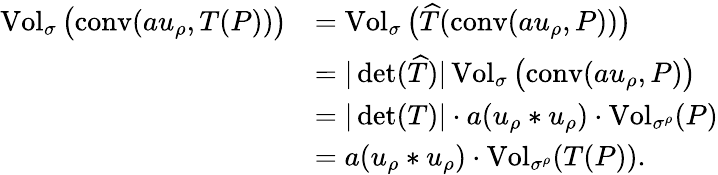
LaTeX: \begin{array}{rl}{\operatorname{Vol}_{\sigma}\big(\mathrm{conv}(au_{\rho},T(P))\big)}&{=\operatorname{Vol}_{\sigma}\big(\widehat T(\mathrm{conv}(au_{\rho},P))\big)}\\ &{=|\operatorname*{det}(\widehat T)|\operatorname{Vol}_{\sigma}\big(\mathrm{conv}(au_{\rho},P)\big)}\\ &{=|\operatorname*{det}(T)|\cdot a(u_{\rho}*u_{\rho})\cdot\operatorname{Vol}_{\sigma^{\rho}}(P)}\\ &{=a(u_{\rho}*u_{\rho})\cdot\operatorname{Vol}_{\sigma^{\rho}}(T(P)).}\end{array}